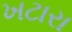
ખટારા